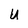
Character: U